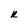
Character: R